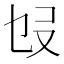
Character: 𠬫